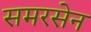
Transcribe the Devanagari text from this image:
समरसेन